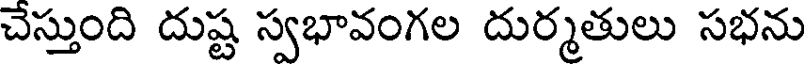
చేస్తుంది దుష్ట స్వభావంగల దుర్మతులు సభను